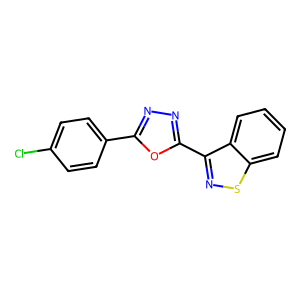
SMILES: Clc1ccc(-c2nnc(-c3nsc4ccccc34)o2)cc1
Inhibits HIV replication: No